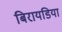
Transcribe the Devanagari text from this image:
बिरायडिया